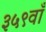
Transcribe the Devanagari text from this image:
३५९वाँ